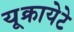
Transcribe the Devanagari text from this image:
यूक्रायेटे